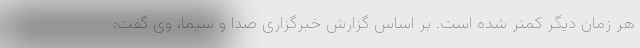
هر زمان دیگر کمتر شده است. بر اساس گزارش خبرگزاری صدا و سیما، وی گفت: